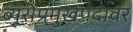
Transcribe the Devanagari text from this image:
ब्यूरोप्रमुखपदावर